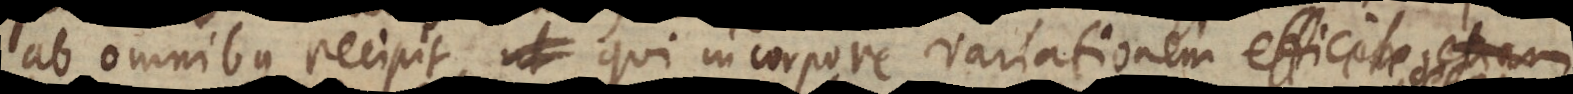
ab omnibus recipit, qui in corpore variationem efficere de